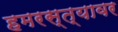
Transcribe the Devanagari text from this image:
हमरस्त्यावर